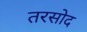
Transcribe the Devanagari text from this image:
तरसोद